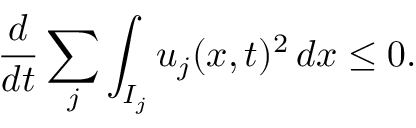
\frac { d } { d t } \sum _ { j } \int _ { I _ { j } } u _ { j } ( x , t ) ^ { 2 } \mathop { d x } \le 0 .